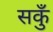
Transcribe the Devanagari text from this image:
सकुँ